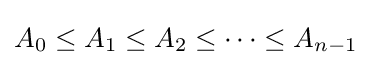
A_{0}\leq A_{1}\leq A_{2}\leq \cdots \leq A_{n-1}